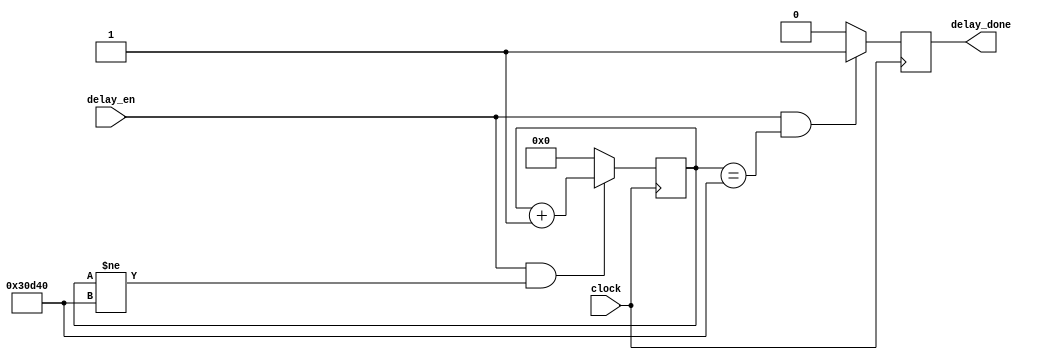
`timescale 1ns / 1ps
//////////////////////////////////////////////////////////////////////////////////
// Company: 
// Engineer: 
// 
// Design Name: 
// Module Name: delay_gen
// Project Name: 
// Target Devices: 
// Tool Versions: 
// Description: 
// 
// Dependencies: 
// 
// Revision:
// Revision 0.01 - File Created
// Additional Comments:
// 
//////////////////////////////////////////////////////////////////////////////////


module delay_gen(
    input clock,
    input delay_en,
    output reg delay_done
    );
    reg [17:0] counter;
    always@(posedge clock)
    begin
        if(delay_en & counter != 200000)
        begin
            counter<=counter+1;
        end
        else
            counter<=0;
    end
    
    always@(posedge clock)
    begin
        if(delay_en & counter == 200000)
        begin
            delay_done<=1'b1;
        end
        else
            delay_done<=1'b0;
    end    
endmodule